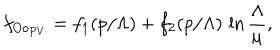
f _ { O o _ { P V } } = f _ { 1 } ( p / \Lambda ) + f _ { 2 } ( p / \Lambda ) \, \ln \frac { \Lambda } { \mu } ,